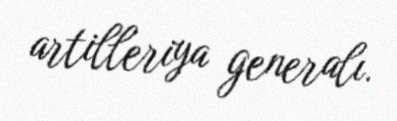
artilleriya generalı.